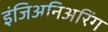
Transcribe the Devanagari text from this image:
इंजिअनिअरिंग